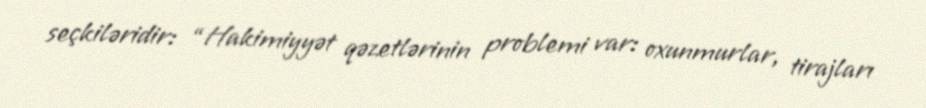
seçkiləridir: “Hakimiyyət qəzetlərinin problemi var: oxunmurlar, tirajları